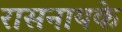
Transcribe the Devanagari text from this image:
रासनायके